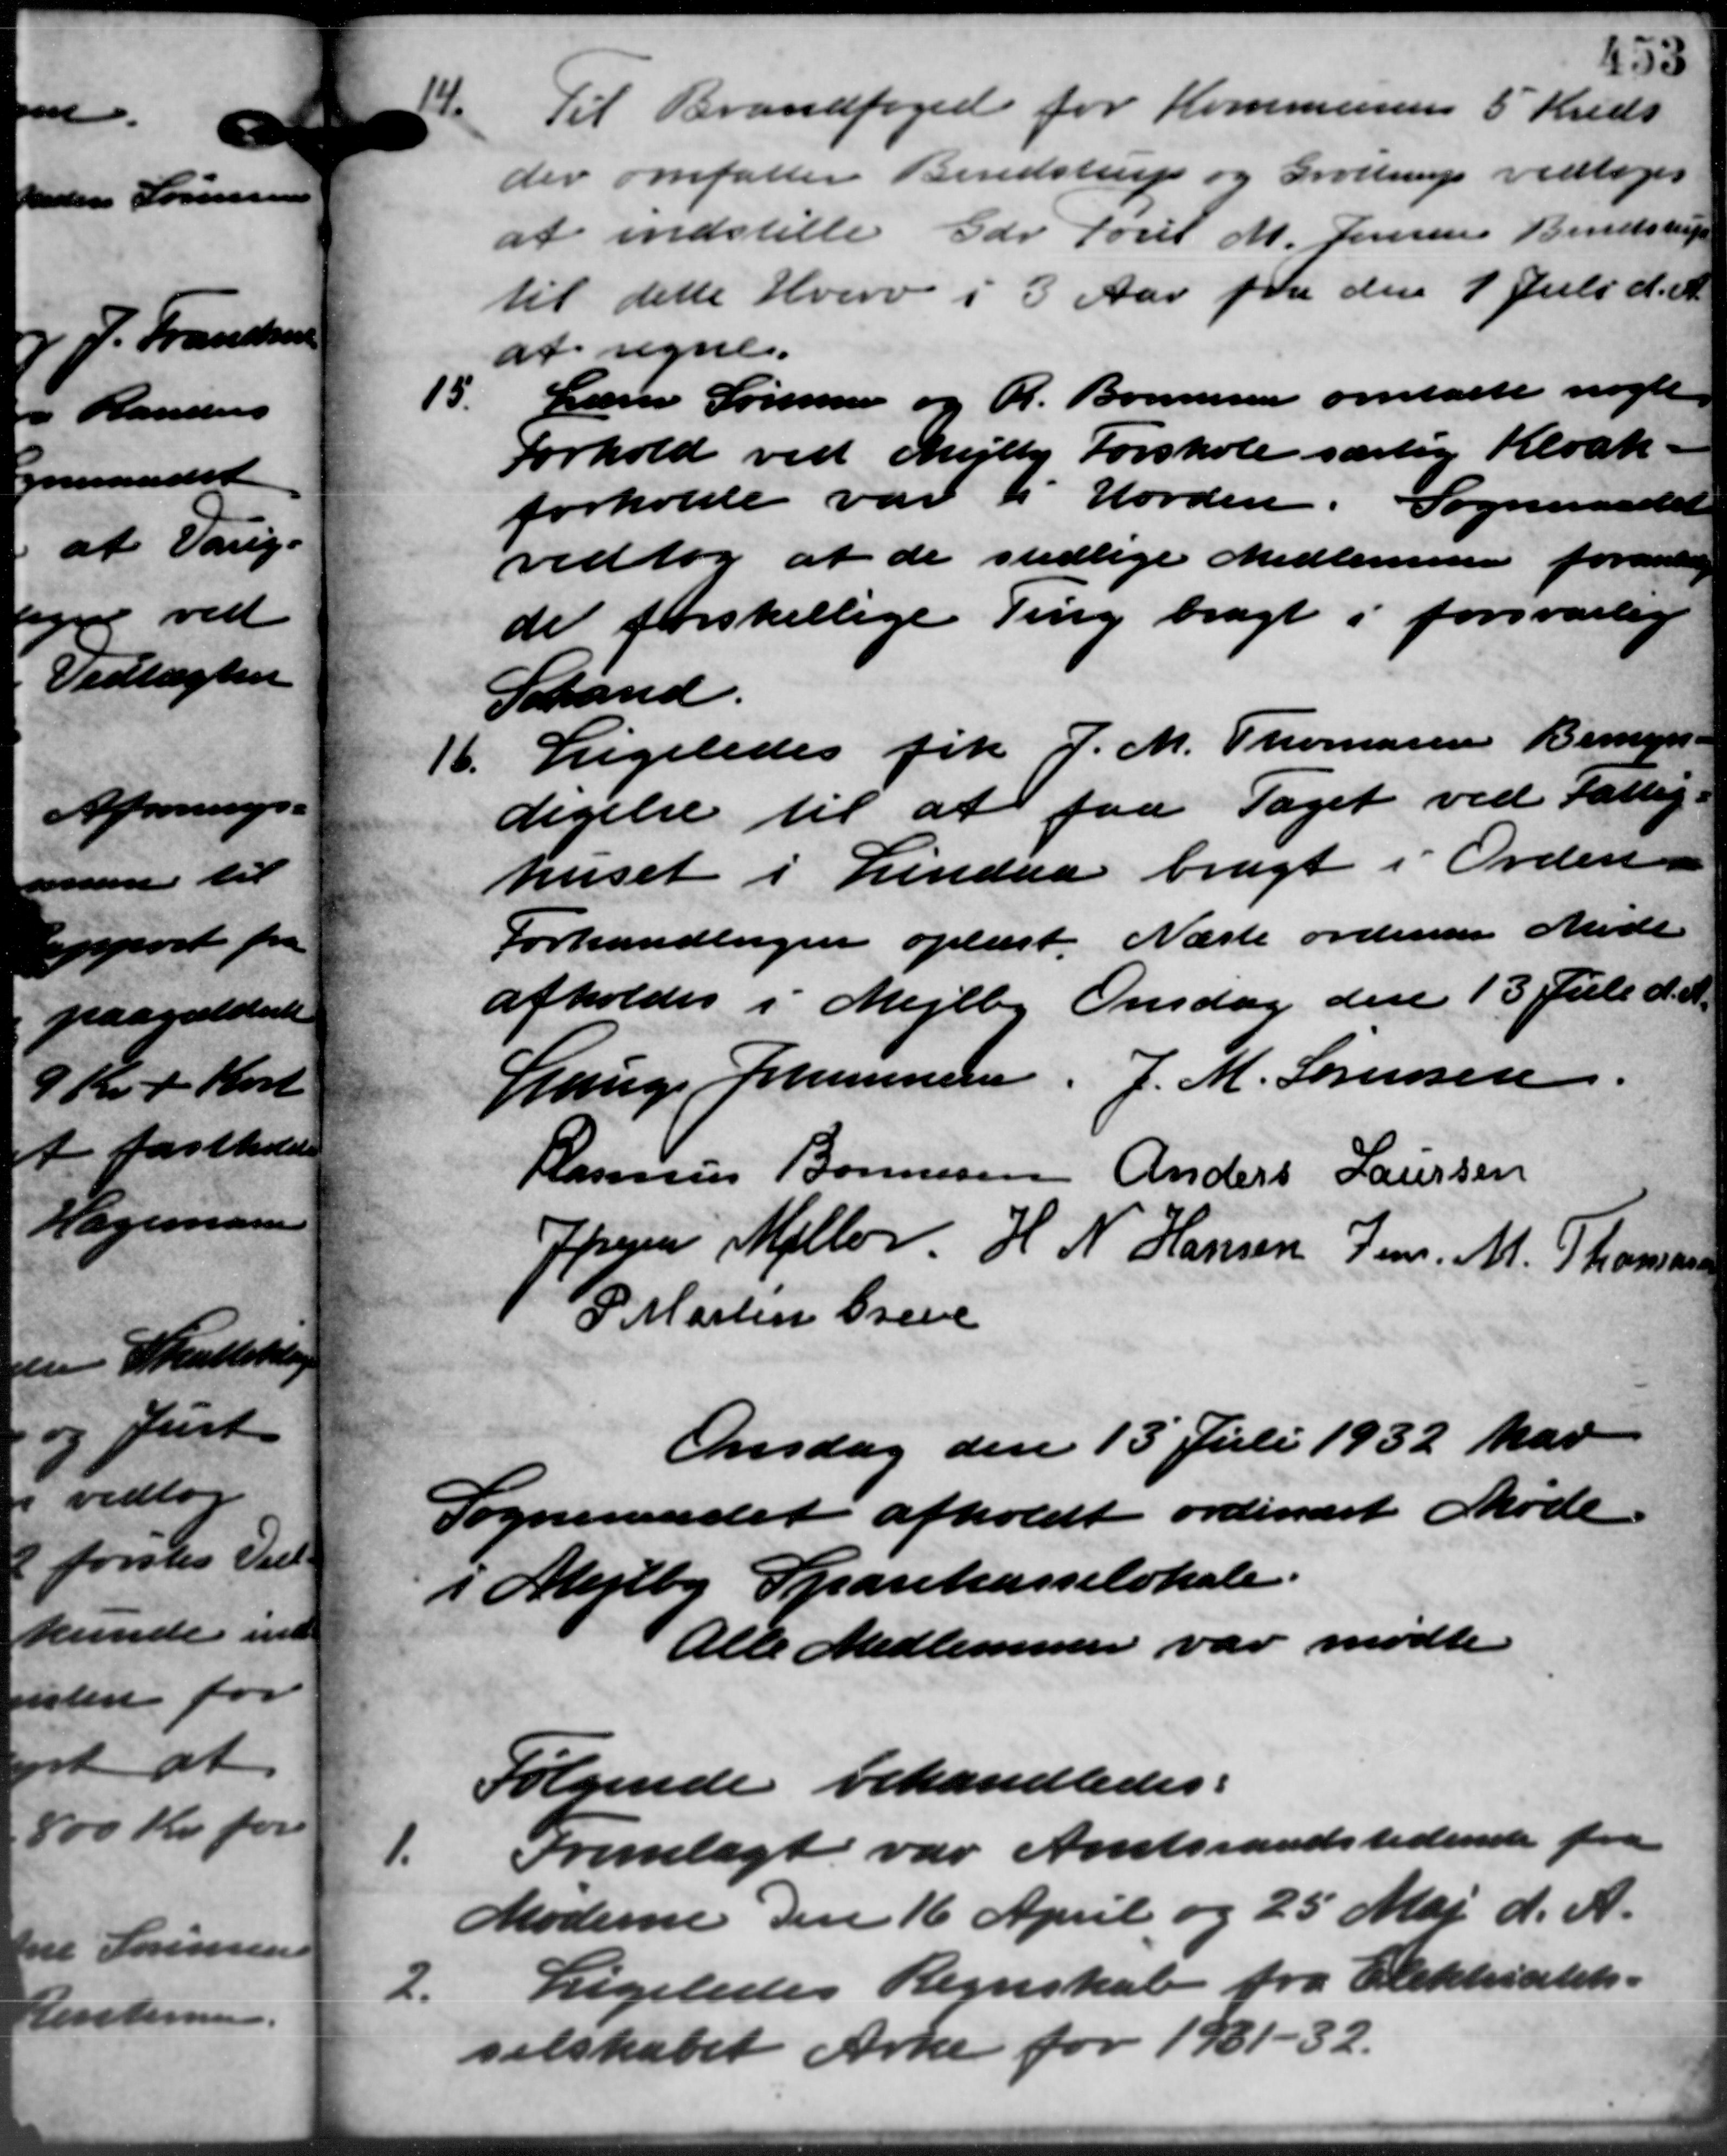
Transskription:
0

Til Brandfoged for Kommunens 5 Kreds
der omfatter Bendstrup og Grøttrup vedtoges
at indstille Gdr. Poul M. Jensens Bendstrup
til dette Hverv i 3 Aar fra den 1 Juli d. A.
at regne.
15.
Lærer Sørensen og R. Bonnesen omtalte nogle
Forhold ved Mejlby Forskole særlig Kloak –
forholde var i Norden. Sogneraadet
vedtog at de stedlige Medlemmer forander
de forskellige Ting bragt i forsvarlig
Stand.
16. Ligeledes fik J. M. Thomasen Bemyn-
16. Ligeledes fik J. M. Thomasen Bemyn-
digelse til at faa Taget ved Fattig-
huset i Lindaa bragt i Orden
Forhandlingen oplæst. Næste ordinære Møde
afholdes i Mejlby Onsdag den 13 Juli d. A.
Lauge Johannesen, J. M. Sørensen.
Rasmus Bonnesen Anders Laursen
Jørgen Møller H. N. Hansen Jens. M. Thomsen
P. Martin Greve
Onsdag den 15 Juli 1932 har
Sogneraadet afholdt ordinært Møde.
i Mejlby Sparekasselokale.
Alle Medlemmer var mødte
Følgende behandledes:
1. Fremlagt var Amtsraadstidende fra
1. Fremlagt var Amtsraadstidende fra
Møderne den 16 April og 25 Maj d. A.
2.
Ligeledes Regnskab fra Elektricitets-
selskabet Arke for 1931 – 32.